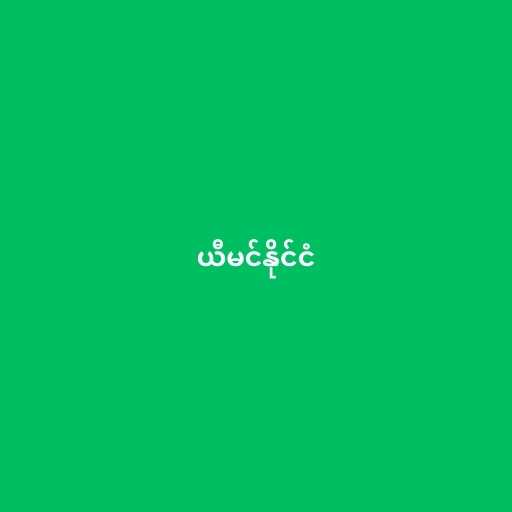
ယီမင်နိုင်ငံ